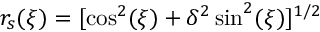
r _ { s } ( \xi ) = [ \cos ^ { 2 } ( \xi ) + \delta ^ { 2 } \sin ^ { 2 } ( \xi ) ] ^ { 1 / 2 }